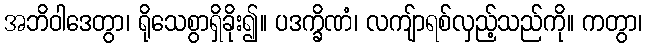
အဘိဝါဒေတွာ၊ ရိုသေစွာရှိခိုး၍။ ပဒက္ခိဏံ၊ လကျ်ာရစ်လှည့်သည်ကို။ ကတွာ၊